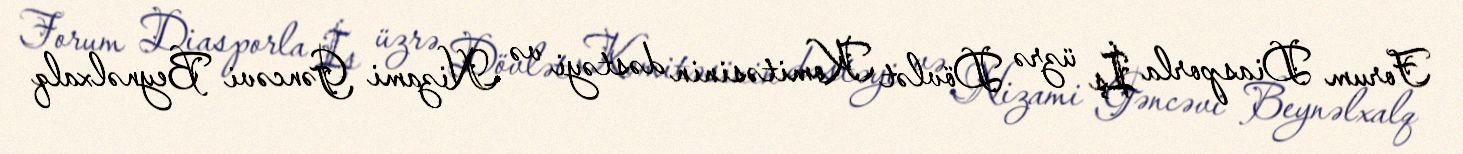
Forum Diasporla İş üzrə Dövlət Komitəsinin dəstəyi və Nizami Gəncəvi Beynəlxalq